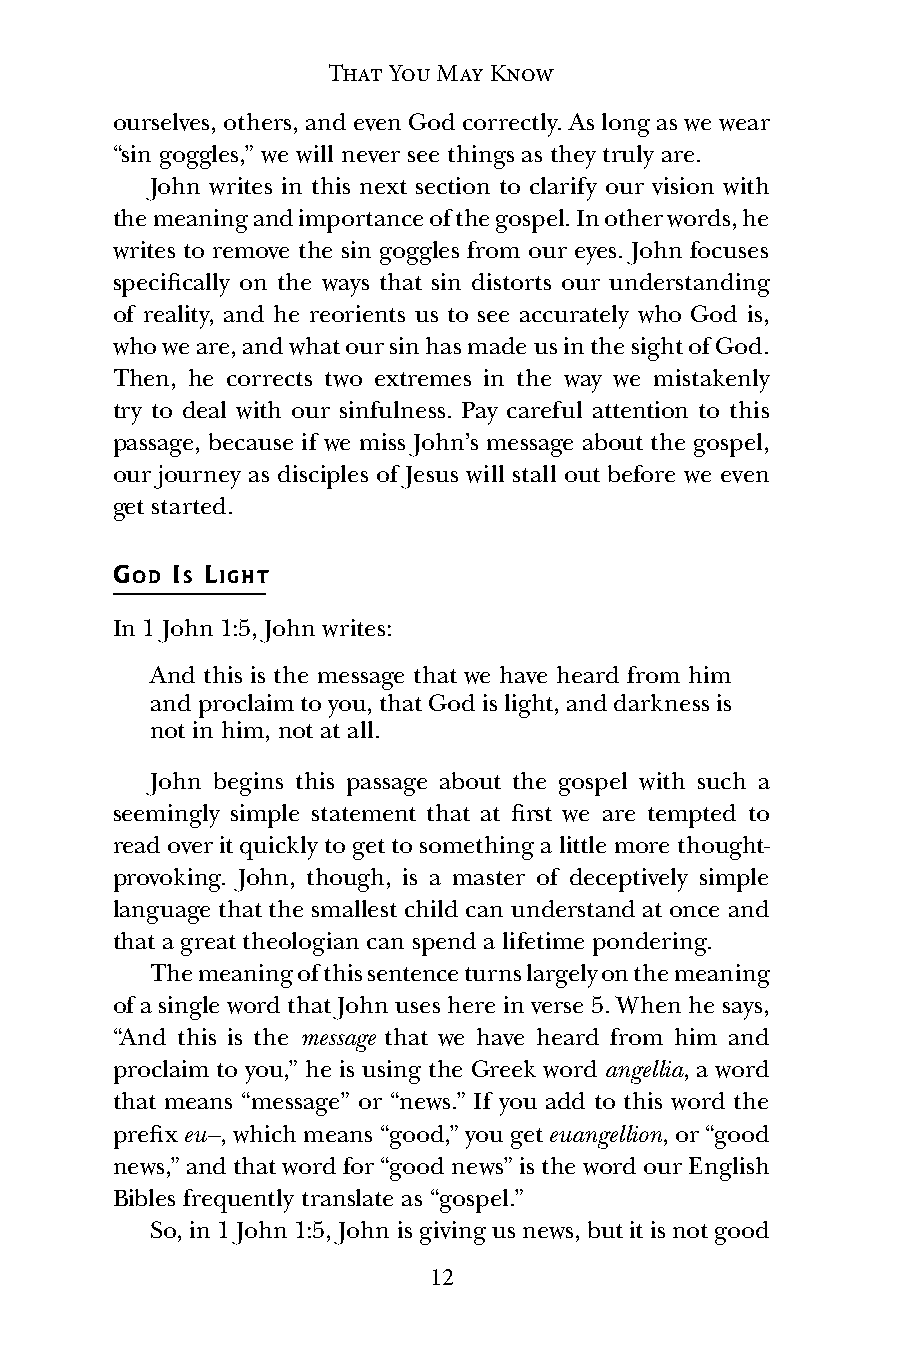
That You May Know
 ourselves, others, and even God correctly. As long as we wear
 “sin goggles,” we will never see things as they truly are.
 John writes in this next section to clarify our vision with
 the meaning and importance of the gospel. In other words, he
 writes to remove the sin goggles from our eyes. John focuses
 specifically on the ways that sin distorts our understanding
 of reality, and he reorients us to see accurately who God is,
 who we are, and what our sin has made us in the sight of God.
 Then, he corrects two extremes in the way we mistakenly
 try to deal with our sinfulness. Pay careful attention to this
 passage, because if we miss John’s message about the gospel,
 our journey as disciples of Jesus will stall out before we even
 get started.
 GOD IS LIGHT
 In 1 John 1:5, John writes:
 And this is the message that we have heard from him
 and proclaim to you, that God is light, and darkness is
 not in him, not at all.
 John begins this passage about the gospel with such a
 seemingly simple statement that at first we are tempted to
 read over it quickly to get to something a little more thought-
 provoking. John, though, is a master of deceptively simple
 language that the smallest child can understand at once and
 that a great theologian can spend a lifetime pondering.
 The meaning of this sentence turns largely on the meaning
 of a single word that John uses here in verse 5. When he says,
 “And this is the message that we have heard from him and
 proclaim to you,” he is using the Greek word angellia, a word
 that means “message” or “news.” If you add to this word the
 prefix eu–, which means “good,” you get euangellion, or “good
 news,” and that word for “good news” is the word our English
 Bibles frequently translate as “gospel.”
 So, in 1 John 1:5, John is giving us news, but it is not good
 12